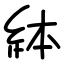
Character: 絊